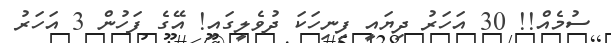
ސުމެއް!! 30 އަހަރު ދިޔައީ ފިނިހަކަ ދުވެލީގައި! އޭގެ ފަހުން 3 އަހަރު